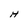
Character: H